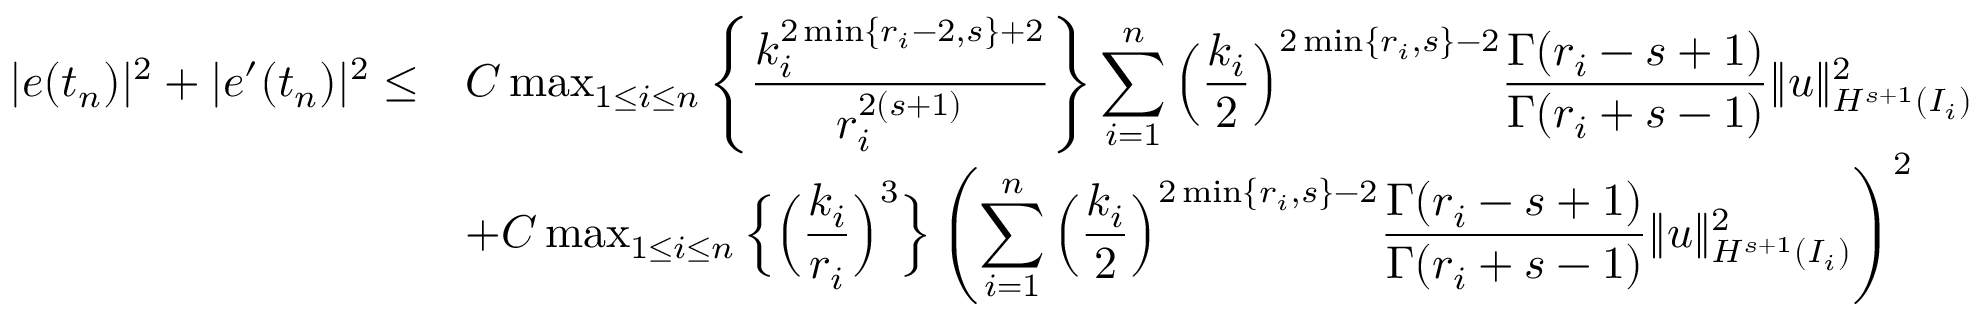
\begin{array} { r l } { | e ( t _ { n } ) | ^ { 2 } + | e ^ { \prime } ( t _ { n } ) | ^ { 2 } \le } & { C \operatorname* { m a x } _ { 1 \leq i \leq n } \left\{ \displaystyle \frac { k _ { i } ^ { 2 \operatorname* { m i n } \{ r _ { i } - 2 , s \} + 2 } } { r _ { i } ^ { 2 ( s + 1 ) } } \right\} \displaystyle \sum _ { i = 1 } ^ { n } \Big ( \displaystyle \frac { k _ { i } } { 2 } \Big ) ^ { 2 \operatorname* { m i n } \{ r _ { i } , s \} - 2 } \displaystyle \frac { \Gamma ( r _ { i } - s + 1 ) } { \Gamma ( r _ { i } + s - 1 ) } \| u \| _ { H ^ { s + 1 } ( I _ { i } ) } ^ { 2 } } \\ & { + C \operatorname* { m a x } _ { 1 \le i \le n } \Big \{ \Big ( \displaystyle \frac { k _ { i } } { r _ { i } } \Big ) ^ { 3 } \Big \} \left( \displaystyle \sum _ { i = 1 } ^ { n } \Big ( \displaystyle \frac { k _ { i } } { 2 } \Big ) ^ { 2 \operatorname* { m i n } \{ r _ { i } , s \} - 2 } \displaystyle \frac { \Gamma ( r _ { i } - s + 1 ) } { \Gamma ( r _ { i } + s - 1 ) } \| u \| _ { H ^ { s + 1 } ( I _ { i } ) } ^ { 2 } \right) ^ { 2 } } \end{array}